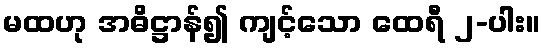
မထဟု အဓိဋ္ဌာန်၍ ကျင့်သော ထေရီ ၂-ပါး။